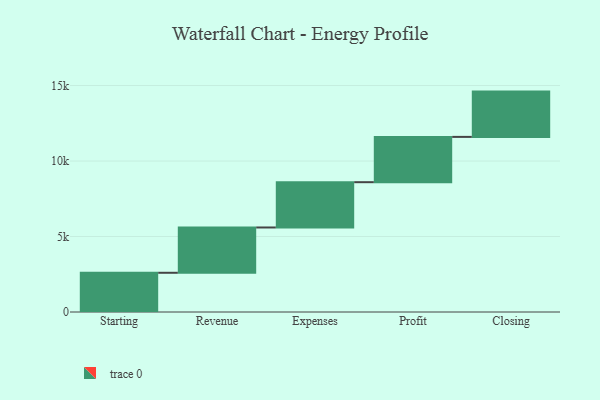
{"axis": {"x": "Step", "y": "Value"}, "legend": [""], "data": [{"x": "Starting", "y": 2598.0, "type": ""}, {"x": "Revenue", "y": 3000, "type": ""}, {"x": "Expenses", "y": 3000, "type": ""}, {"x": "Profit", "y": 3000, "type": ""}, {"x": "Closing", "y": 3000, "type": ""}]}